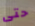
حتى